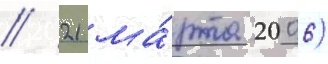
// 21 ма́рта 2006)